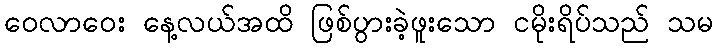
ဝေလာဝေး နေ့လယ်အထိ ဖြစ်ပွားခဲ့ဖူးသော ငမိုးရိပ်သည် သမ